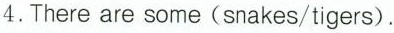
4. There are some (snakes/tigers).